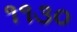
૧૧૩૦